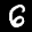
Label: 6